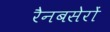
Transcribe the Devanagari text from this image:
रैनबसेरों